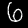
Digit: 6